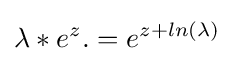
\lambda *e^{z}.=e^{z+ln(\lambda )}